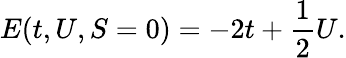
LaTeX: E(t,U,S=0)=-2t+\frac{1}{2}U.